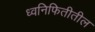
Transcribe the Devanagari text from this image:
ध्वनिफितीतील